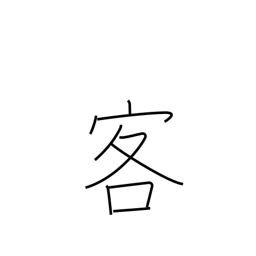
Meaning: customer